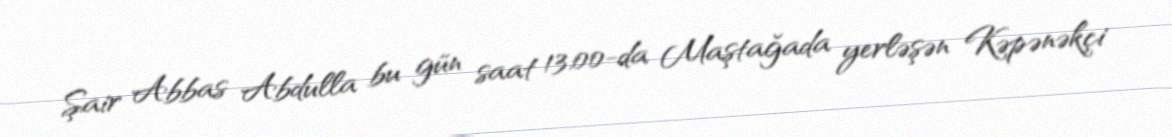
Şair Abbas Abdulla bu gün saat 13:00-da Maştağada yerləşən Kəpənəkçi